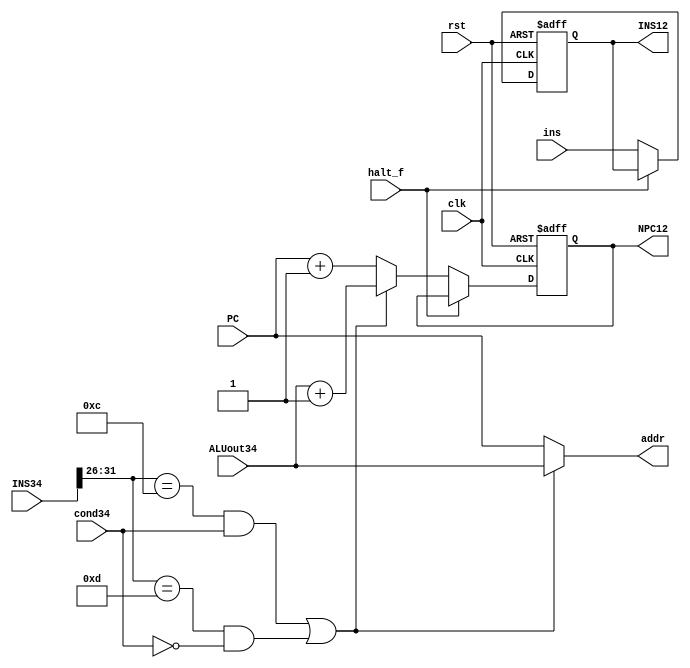
`timescale 1ns / 1ps
//////////////////////////////////////////////////////////////////////////////////
// Company: 
// Engineer: 
// 
// Design Name: 
// Module Name: fetchstage
// Project Name: 
// Target Devices: 
// Tool Versions: 
// Description: 
// 
// Dependencies: 
// 
// Revision:
// Revision 0.01 - File Created
// Additional Comments:
// 
//////////////////////////////////////////////////////////////////////////////////


module fetchstage(
input [31:0]PC,
input [31:0]INS34,ins,
input cond34,clk,halt_f,
input [31:0]ALUout34,
input rst,
output reg [31:0]INS12,NPC12,
output [31:0]addr
    );
    //wire [31:0]ins;
    //wire [31:0]addr;
    parameter BEQZ=6'b001100, BNEQZ=6'b001101;
    assign addr=(((INS34[31:26]==BEQZ)&&(cond34==1))||((INS34[31:26]==BNEQZ)&&(cond34==0)))?ALUout34:PC;
    //assign addr=PC;
    //memory m(.clk(clk),.addr(addr),.wrdata(31'b0),.wren(1'b0),.rddata(ins));
    always@(posedge clk or posedge rst)
    begin
    if(rst)
    begin
    INS12<=0;
    NPC12<=0;
    end
    else
    begin
    if(halt_f==0)
    begin
    INS12<=ins;
    if(((INS34[31:26]==BEQZ)&&(cond34==1))||((INS34[31:26]==BNEQZ)&&(cond34==0)))
    begin
    NPC12<=ALUout34+1;
 
    end
    else
    begin
    NPC12<=PC+1;

    
    end
    end
    end
    end
    
endmodule